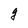
Character: g